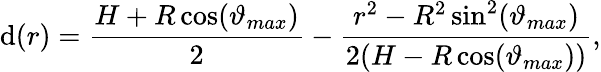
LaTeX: \mathrm{d}(r)=\frac{{H+R\cos(\vartheta_{max})}}{{2}}-\frac{{r^{2}-R^{2}\sin^{2}(\vartheta_{max})}}{{2(H-R\cos(\vartheta_{max}))}},